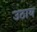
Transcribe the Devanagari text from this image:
उठाय